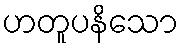
ဟတူပနိသော